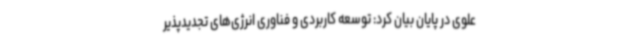
علوی در پایان بیان کرد: توسعه کاربردی و فناوری انرژی‌های تجدیدپذیر